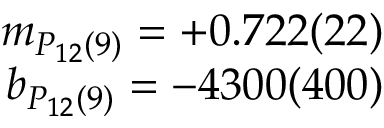
\begin{array} { r } { m _ { P _ { 1 2 } ( 9 ) } = + 0 . 7 2 2 ( 2 2 ) } \\ { b _ { P _ { 1 2 } ( 9 ) } = - 4 3 0 0 ( 4 0 0 ) } \end{array}